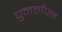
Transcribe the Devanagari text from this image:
पुनर्तापन